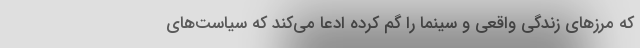
که مرزهای زندگی واقعی و سینما را گم کرده ادعا می‌کند که سیاست‌های